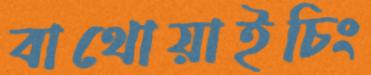
বাথোয়াইচিং